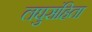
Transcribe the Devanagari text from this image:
लघुसंहिता